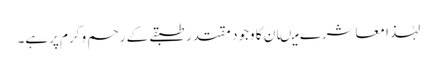
لہٰذا معاشرے میںان کا وجود مقتدر طبقے کے رحم و کرم پرہے۔